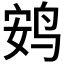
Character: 𫛩